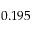
0 . 1 9 5